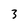
Character: 3